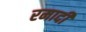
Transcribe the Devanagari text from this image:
रमादी